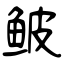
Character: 鲏